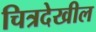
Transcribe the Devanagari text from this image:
चित्रदेखील